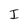
Character: I